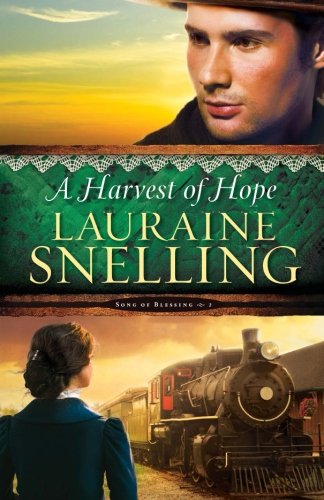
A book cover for A Harvest of Hope (Song of Blessing) (Volume 2); Lauraine Snelling; Romance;